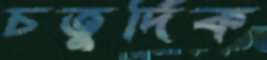
চতুর্দিক